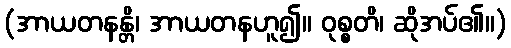
(အာယတနန္တိ၊ အာယတနဟူ၍။ ဝုစ္စတိ၊ ဆိုအပ်၏။)